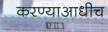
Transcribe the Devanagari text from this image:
करण्याआधीच